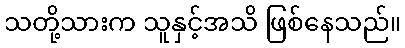
သတို့သားက သူနှင့်အသိ ဖြစ်နေသည်။